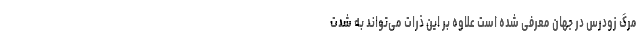
مرگ زودرس در جهان معرفی شده است علاوه بر این ذرات می‌تواند به شدت